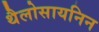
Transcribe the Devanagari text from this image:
थैलोसायनिन